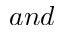
a n d